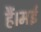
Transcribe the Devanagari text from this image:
हैं।मई